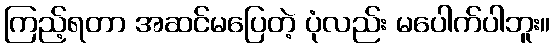
ကြည့်ရတာ အဆင်မပြေတဲ့ ပုံလည်း မပေါက်ပါဘူး။